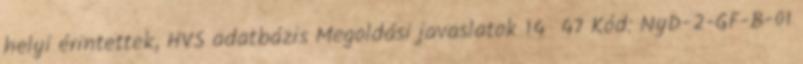
helyi érintettek, HVS adatbázis Megoldási javaslatok 14 47 Kód: NyD-2-GF-B-01